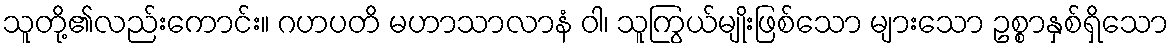
သူတို့၏လည်းကောင်း။ ဂဟပတိ မဟာသာလာနံ ဝါ၊ သူကြွယ်မျိုးဖြစ်သော များသော ဥစ္စာနှစ်ရှိသော